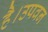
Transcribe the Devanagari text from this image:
है।उपवन